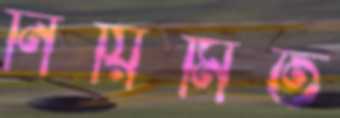
নিয়িমিত